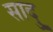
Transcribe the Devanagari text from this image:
सादु